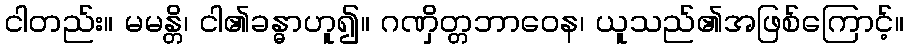
ငါတည်း။ မမန္တိ၊ ငါ၏ခန္ဓာဟူ၍။ ဂဏှိတ္တဘာဝေန၊ ယူသည်၏အဖြစ်ကြောင့်။